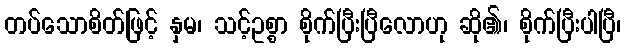
တပ်သောစိတ်ဖြင့် နှမ၊ သင့်ဥစ္စာ စိုက်ပြီးပြီလောဟု ဆို၏၊ စိုက်ပြီးပါပြီ၊